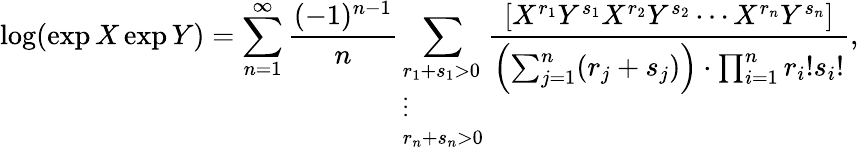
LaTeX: \log(\exp X\exp Y)=\sum_{n=1}^{\infty}{\frac{(-1)^{n-1}}{n}}\sum_{\begin{array}{l}{r_{1}+s_{1}>0}\\ {\vdots}\\ {r_{n}+s_{n}>0}\end{array}}{\frac{[X^{r_{1}}Y^{s_{1}}X^{r_{2}}Y^{s_{2}}\dotsm X^{r_{n}}Y^{s_{n}}]}{\left(\sum_{j=1}^{n}(r_{j}+s_{j})\right)\cdot\prod_{i=1}^{n}r_{i}!s_{i}!}},